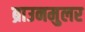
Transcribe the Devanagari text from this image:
ब्राउनमुलर